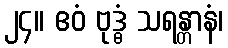
၂၄။ ဧဝံ ဗုဒ္ဓံ သရန္တာနံ၊